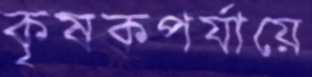
কৃষকপর্যায়ে